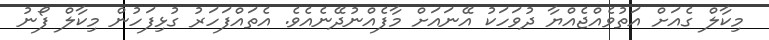
މިކާލް ގެއަށް އަތުވެއްޖެއްޔާ ދުވަހަކު އޭނައަށް މާފެއްނުދޭނެއެވެ. އެތައްފަހަރު ގުޅިފަހުން މިކާލް ފޯނު